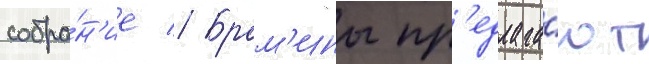
собра́н'ие // Брам'ины пр'едлага́ют